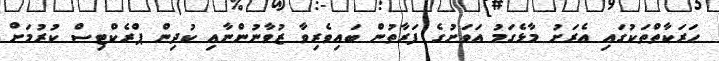
ހަރަކާތްތަކުގައި އެރަށު މާޅެގަމު އަވަށުގެ ފަރާތުން ބައިވެރިވާ ޒުވާނުންނާއި ކުދިން ޕްރެކްޓިސް ކުރުމަށް